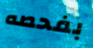
بفحصه